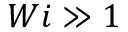
W i \gg 1